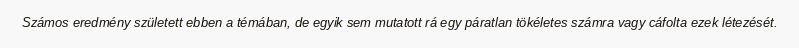
Számos eredmény született ebben a témában, de egyik sem mutatott rá egy páratlan tökéletes számra vagy cáfolta ezek létezését.